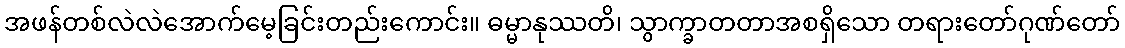
အဖန်တစ်လဲလဲအောက်မေ့ခြင်းတည်းကောင်း။ ဓမ္မာနုဿတိ၊ သွာက္ခာတတာအစရှိသော တရားတော်ဂုဏ်တော်